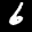
Label: 6